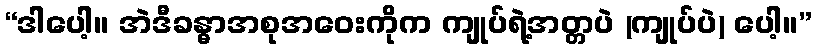
“ဒါပေါ့။ အဲဒီခန္ဓာအစုအဝေးကိုက ကျုပ်ရဲ့အတ္တပဲ (ကျုပ်ပဲ) ပေါ့။”